system: You are a helpful assistant.
user:
Analyze the provided spectrum to determine if it is a **Carbon Star (C-type)**.

- **Key Visual Indicators of Carbon Star:**
    - **(Primary):** Strong molecular absorption from **C₂ (diatomic carbon) "Swan Bands."** This is the **defining feature** of a carbon star.
        - **(Key Bandheads):** Sharp absorption edges are visible at approximately $5635$ Å, $5165$ Å (the strongest band), and $4737$ Å.
        - **(Line Profile):** Creates a distinct **"saw-tooth"** pattern. The key morphology is a sharp, steep bandhead on the **red (long-wavelength) side**, which then gradually tapers off (i.e., flux recovers) towards the **blue (short-wavelength) side**. *(This is the direct opposite of the TiO bands seen in M-type stars)*.

    - **(Secondary):** Intense **CN (cyanogen)** molecular absorption bands.
        - **(Key Bandheads):** Located in the blue and violet regions of the spectrum (e.g., near $4215$ Å and $3883$ Å).
        - **(Morphology):** These bands are extremely broad and act as a "blanket," absorbing the vast majority of blue and violet light. This creates a characteristic **"cliff"** or **"steep drop-off"** in the spectrum's flux at short wavelengths.

    - **(Key Confirmation):** Strong **CH absorption band (G-band)**.
        - **(Key Bandhead):** Located around $4300$ Å. The contribution from CH molecules to this band is exceptionally strong.

    - **(Overall Spectrum):**
        - The continuum is severely "chopped up" by these deep molecular bands, especially C₂, rather than appearing as a smooth curve.
        - Due to the heavy CN and C₂ absorption in the blue-green, the vast majority of the star's flux is concentrated in the red part of the spectrum, giving the star its characteristic deep red color.

Think first, call **spectral_visualization_tool** if needed to examine features in detail, then provide your final answer. Your response must adhere to the following strict rules:
1.  **Overall Structure:** Your response must follow the format `<think>...</think> <tool_call>...</tool_call> (if a tool is used) <answer>...</answer>`.
2.  **Tool Usage Constraint:** You may only make **one** tool call per turn.
3.  **Final Answer Format:** In the `<answer>` tag, your conclusion must be inside a `\boxed{}` command (e.g., `\boxed{YES}`), followed by your justification.

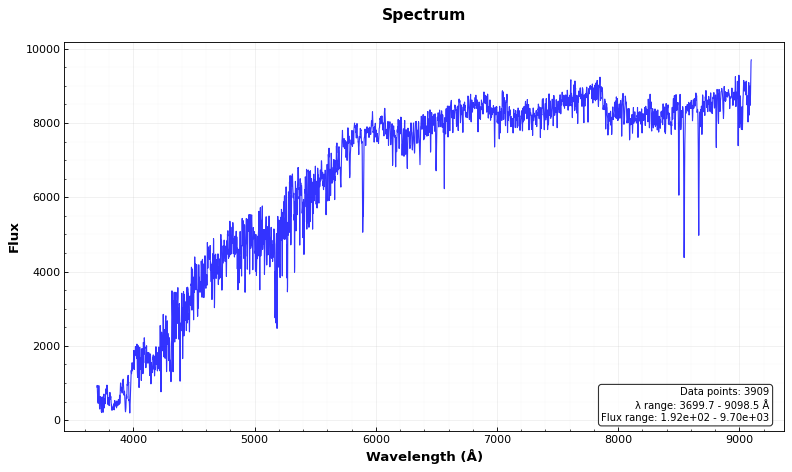
Answer: NO